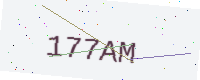
Text: 177AM